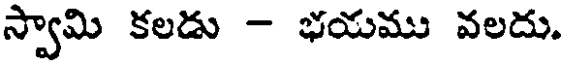
స్వామి కలడు - భయము వలదు.